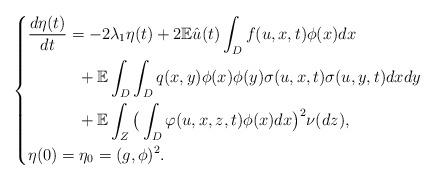
LaTeX: \begin{align*}\left\{\begin{aligned}&\frac{d\eta(t)}{dt}=-2\lambda_{1}\eta(t)+2\mathbb{E}\hat{u}(t)\int_{D}f(u,x,t)\phi(x)dx\\&\quad\quad\quad+\mathbb{E}\int_{D}\int_{D}q(x,y)\phi(x)\phi(y)\sigma(u,x,t)\sigma(u,y,t)dxdy\\&\quad\quad\quad+\mathbb{E}\int_{Z}\big(\int_{D}\varphi(u,x,z,t)\phi(x)dx\big)^{2}\nu(dz), \\&\eta(0)=\eta_{0}=(g,\phi)^{2}.\end{aligned}\right.\end{align*}